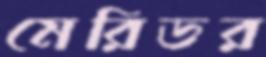
মেরিডর